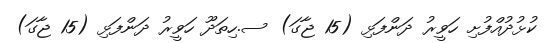
ކުޅުދުއްފުށި ހަވީރު ދަންފަޅި (15 ޖާގަ) ސ.ހިތަދޫ ހަވީރު ދަންފަޅި (15 ޖާގަ)